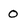
Character: 0